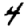
Digit: 4